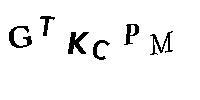
GTKCPM